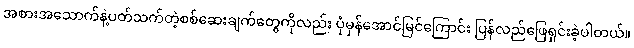
အစားအသောက်နဲ့ပတ်သက်တဲ့စစ်ဆေးချက်တွေကိုလည်း ပုံမှန်အောင်မြင်ကြောင်း ပြန်လည်ဖြေရှင်းခဲ့ပါတယ်။